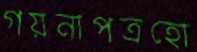
গয়নাপত্রহো